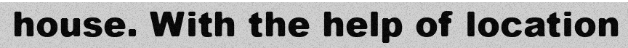
house. With the help of location